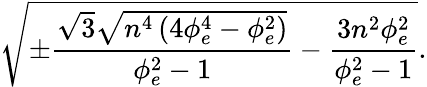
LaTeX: \sqrt{\pm\frac{\sqrt{3}\sqrt{n^{4}\left(4\phi_{e}^{4}-\phi_{e}^{2}\right)}}{\phi_{e}^{2}-1}-\frac{3n^{2}\phi_{e}^{2}}{\phi_{e}^{2}-1}}.